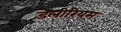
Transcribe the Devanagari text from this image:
डेलीरियम